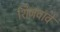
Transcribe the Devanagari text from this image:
शिजवावे